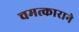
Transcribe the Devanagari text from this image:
चमत्काराने